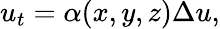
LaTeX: u_{t}=\alpha(x,y,z)\Delta u,